Scientific memoirs by medical officers of the Army of India - Part V,
Year: 1890
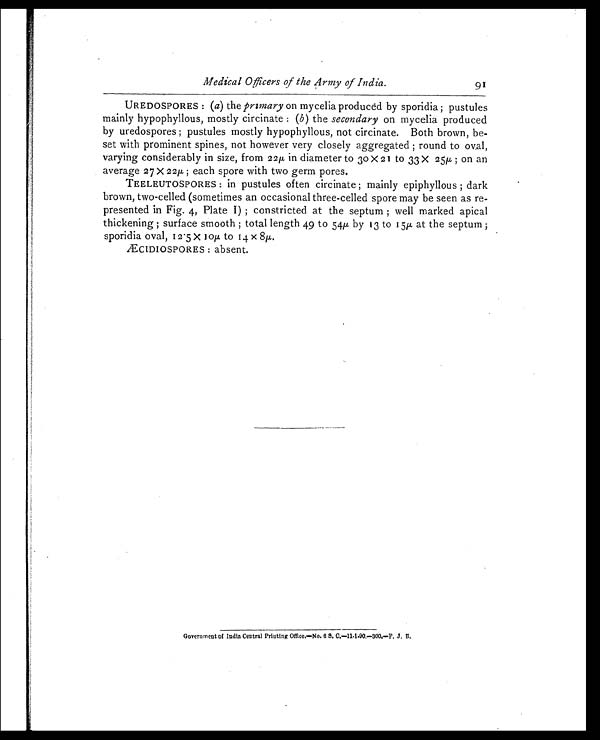
Medical Officers of the Army of India.
91
UREDOSPORES: (a) the primary on mycelia produced by sporidia; pustules
mainly hypophyllous, mostly circinate: ( b ) the secondary on mycelia produced
by uredospores; pustules mostly hypophyllous, not circinate. Both brown, be
- s e t w i t h p r o m i n e n t s p i n e s , n o t h o w e v e r v e r y c l o s e l y a g g r e g a t e d ; r o u n d t o o v a l ,
varying considerably in size, from 22 μ in diameter to 30 X 21 to 33 X 25μ on an
average 27 X 22μ ; each spore with two germ pores.
TEELEUTOSPORES: in pustules often circinate; mainly epiphyllous; dark
brown, two-celled (sometimes an occasional three-celled spore may be seen as re
- p r e s e n t e d i n F i g . 4 , P l a t e I ) ; c o n s t r i c t e d a t t h e s e p t u m ; w e l l m a r k e d a p i c a l
thickening; surface smooth; total length 49 to 54 μ by 13 to 15μ a t t h e s e p t u m ;
sporidia oval, 12.5 X 10μ to 14 X 8
μ
ÆCIDIOSPORES: absent.
Government of India Central Printing Office,—No. 6 S. C.—11.1.90.—300.—F.J. B.